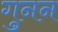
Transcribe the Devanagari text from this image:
गुनन